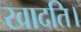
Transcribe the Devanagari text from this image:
खादति।